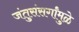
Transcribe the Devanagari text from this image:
जंतुसंसर्गांमुळे